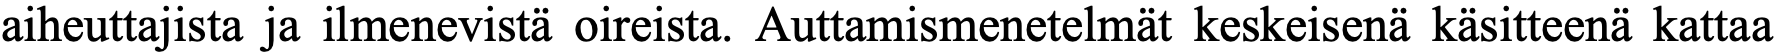
aiheuttajista ja ilmenevistä oireista. Auttamismenetelmät keskeisenä käsitteenä kattaa